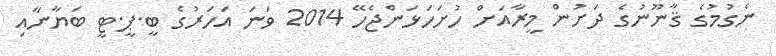
ނެގުމުގެ ޤާނޫނުގެ ދަށުން މީރާއަށް ހުށަހަޅަންޖެހޭ 2014 ވަނަ އަހަރުގެ ބީ.ޕީ.ޓީ ބަޔާނާއި